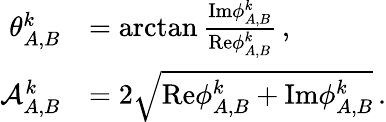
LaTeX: \begin{array}{rl}{\theta_{A,B}^{k}}&{=\arctan\frac{\mathrm{Im}{\phi}_{A,B}^{k}}{\mathrm{Re}{\phi}_{A,B}^{k}}\, ,}\\ {\mathcal{A}_{A,B}^{k}}&{=2\sqrt{\mathrm{Re}{\phi}_{A,B}^{k}+\mathrm{Im}{\phi}_{A,B}^{k}}\, .}\end{array}